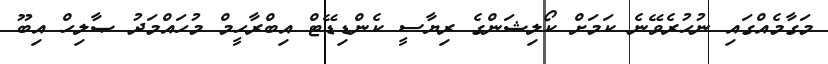
މަގާމެއްގައި ނުހުރެވޭނެ ކަމަށް ކޯލިޝަންގެ ރިޔާސީ ކެންޑިޑޭޓް އިބްރާހީމް މުހައްމަދު ޞާލިހް އިބޫ